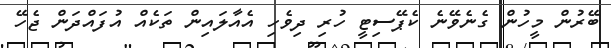
ބޭރުން މީހުން ގެނެވޭނެ ކެޕޭސިޓީ ހުރި ދިވެހި އެއާލައިން ތަކެއް އުފައްދަން ޖެހޭ